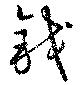
鈛